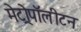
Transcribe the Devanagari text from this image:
मेट्रोपॉलीटन